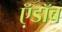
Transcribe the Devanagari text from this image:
ऍ़डॉब